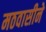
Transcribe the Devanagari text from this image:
मठवासीने